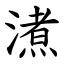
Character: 㵭